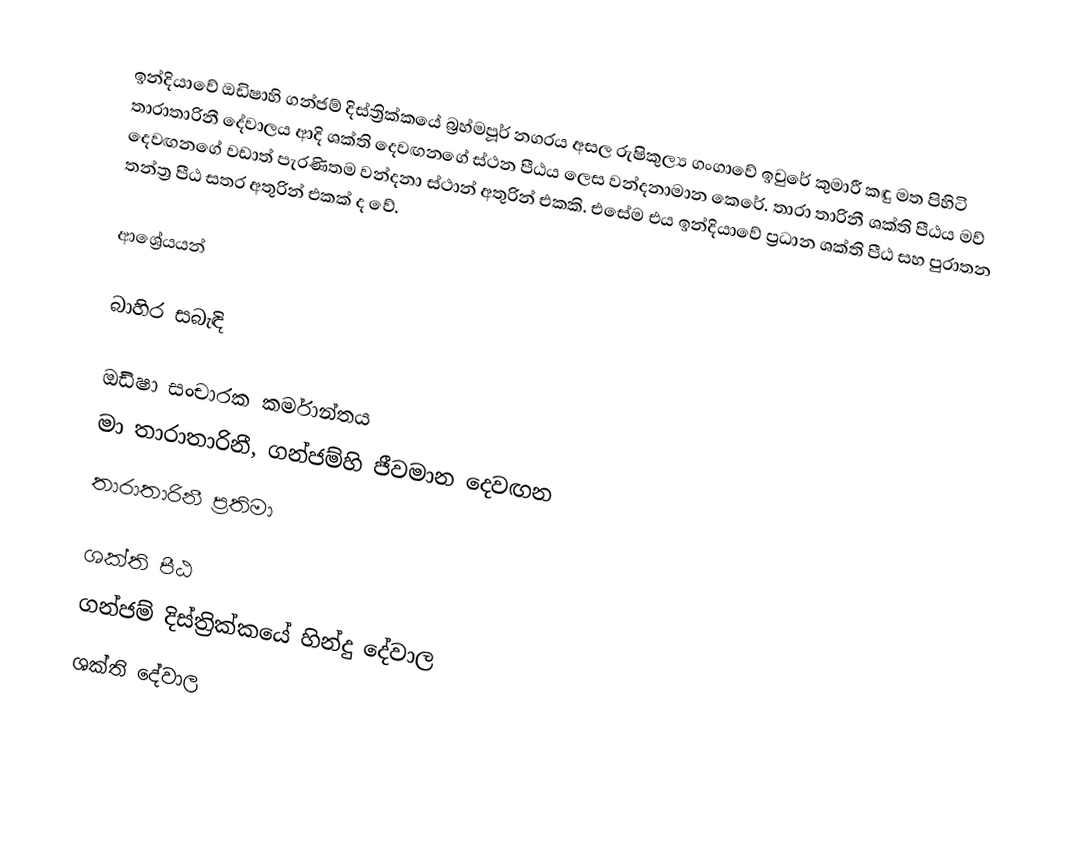
ඉන්දියාවේ ඔඩිෂාහි ගන්ජම් දිස්ත්‍රික්කයේ බ්‍රහ්මපූර් නගරය අසල රුෂිකුල්‍ය ගංගාවේ ඉවුරේ කුමාරී කඳු මත පිහිටි තාරාතාරිනී දේවාලය ආදි ශක්ති දෙවඟනගේ ස්ථන පීඨය ලෙස වන්දනාමාන කෙරේ. තාරා තාරිනී ශක්ති පීඨය මව් දෙවඟනගේ වඩාත් පැරණිතම වන්දනා ස්ථාන් අතුරින් එකකි. එසේම එය ඉන්දියාවේ ප්‍රධාන ශක්ති පීඨ සහ පුරාතන තන්ත්‍ර පීඨ සතර අතුරින් එකක් ද වේ.

ආශ්‍රේයයන්

බාහිර සබැඳි

 ඔඩිෂා සංචාරක කර්මාන්තය
 මා තාරාතාරිනී, ගන්ජම්හි ජීවමාන දෙවඟන
 තාරාතාරිනී ප්‍රතිමා

ශක්ති පීඨ
ගන්ජම් දිස්ත්‍රික්කයේ හින්දු දේවාල
ශක්ති දේවාල